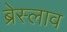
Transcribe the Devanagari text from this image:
ब्रेस्लाव